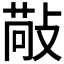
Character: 𢾠